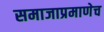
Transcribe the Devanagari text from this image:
समाजाप्रमाणेच